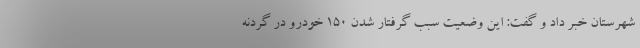
شهرستان خبر داد و گفت: این وضعیت سبب گرفتار شدن ۱۵۰ خودرو در گردنه